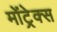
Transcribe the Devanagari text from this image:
मोंट्रेक्स